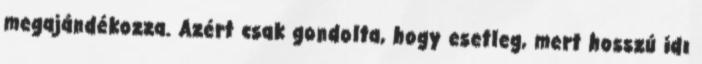
megajándékozza. Azért csak gondolta, hogy esetleg, mert hosszú idı